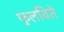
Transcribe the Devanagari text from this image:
फुलविते